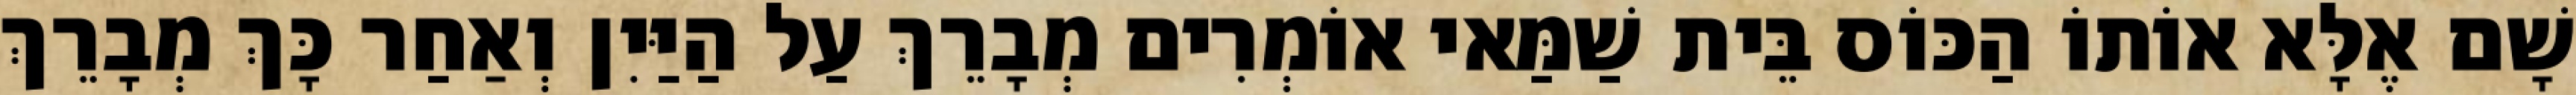
שָׁם אֶלָּא אוֹתוֹ הַכּוֹס בֵּית שַׁמַּאי אוֹמְרִים מְבָרֵךְ עַל הַיַּיִן וְאַחַר כָּךְ מְבָרֵךְ